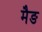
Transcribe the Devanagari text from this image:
मैङ